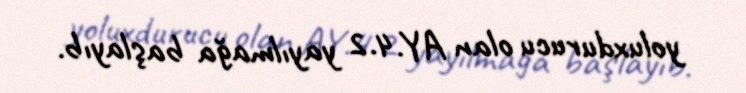
yoluxdurucu olan AY.4.2 yayılmağa başlayıb.